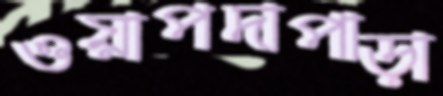
ওয়াপদাপাড়া